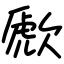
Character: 歋